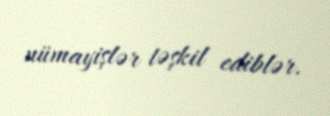
nümayişlər təşkil ediblər.